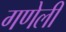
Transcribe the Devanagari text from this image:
गणेली